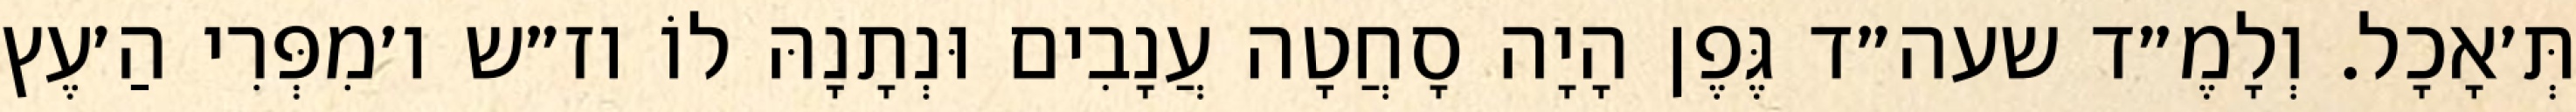
תְּ׳אָכָל. וְלָמֶ״ד שעה״ד גֶּפֶן הָיָה סָחֲטָה עֲנָבִים וּנְתָנָהּ לוֹ וז״ש ו׳מִפְּרִי הַ׳עֶץ